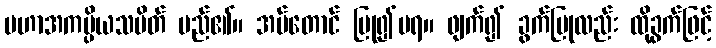
မဟာအကပ္ပိယသပိတ် မည်၏။ အပ်တောင် ပြု၍မရ။ ဖျက်၍ ခွက်ပြုလည်း ထိုခွက်ဖြင့်